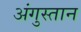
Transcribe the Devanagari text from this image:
अंगुस्तान